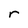
Character: r